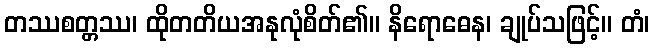
တဿစတ္တဿ၊ ထိုတတိယအနုလုံစိတ်၏။ နိရောဓေန၊ ချုပ်သဖြင့်။ တံ၊